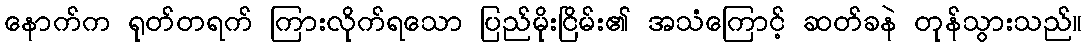
နောက်က ရုတ်တရက် ကြားလိုက်ရသော ပြည်မိုးငြိမ်း၏ အသံကြောင့် ဆတ်ခနဲ တုန်သွားသည်။